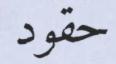
حقود